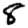
Digit: 8